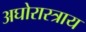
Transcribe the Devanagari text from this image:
अघोरास्त्राय